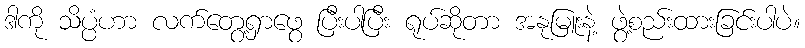
ဒါကို သိပ္ပံဟာ လက်တွေ့ရှာဖွေ ပြီးပါပြီး ရုပ်ဆိုတာ အနုမြူးနဲ့ ဖွဲ့စည်းထားခြင်းပါပဲ။